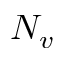
N _ { v }